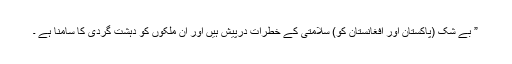
” بے شک (پاکستان اور افغانستان کو) سلامتی کے خطرات درپیش ہیں اور ان ملکوں کو دہشت گردی کا سامنا ہے ۔